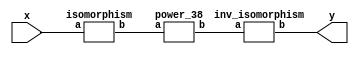
`timescale 1ns/100ps
module SMSS32_38_nn_4_4(x,y);
	 input [5:0] x;
	 output [5:0] y;
	 wire [5:0] w;
	 wire [5:0] p;
	 isomorphism C2 (x,w);
	 power_38 C3 (w,p);
	 inv_isomorphism C4 (p,y);
endmodule

module add_base(a,b,c);
	 input [2:0] a;
	 input [2:0] b;
	 output [2:0] c;
	 assign c[0]=a[0]^b[0];
	 assign c[1]=a[1]^b[1];
	 assign c[2]=a[2]^b[2];
endmodule

module multiplication_base(a,b,c);
	 input [2:0] a;
	 input [2:0] b;
	 output [2:0] c;
	 assign c[0]=(a[2]&b[2])^(a[0]&b[1])^(a[1]&b[0])^(a[1]&b[2])^(a[2]&b[1]);
	 assign c[1]=(a[0]&b[0])^(a[0]&b[2])^(a[2]&b[0])^(a[1]&b[2])^(a[2]&b[1]);
	 assign c[2]=(a[1]&b[1])^(a[0]&b[1])^(a[1]&b[0])^(a[0]&b[2])^(a[2]&b[0]);
endmodule

module square_base(a,b);
	 input [2:0] a;
	 output[2:0] b;
	 assign b[0]=a[2];
	 assign b[1]=a[0];
	 assign b[2]=a[1];
endmodule

module four_base(a,b);
	 input [2:0] a;
	 output[2:0] b;
	 assign b[0]=a[1];
	 assign b[1]=a[2];
	 assign b[2]=a[0];
endmodule

module power_38(a,b);
	 input [5:0] a;
	 output [5:0] b;
	 wire [2:0] x_0;
	 wire [2:0] x_1;
	 wire [2:0] x_2;
	 wire [2:0] x_3;
	 wire [2:0] x_4;
	 wire [2:0] x_5;
	 wire [2:0] x_6;
	 wire [2:0] x_7;
	 wire [2:0] y_0;
	 wire [2:0] y_1;
	 assign x_0[0]=a[0];
	 assign x_0[1]=a[1];
	 assign x_0[2]=a[2];
	 assign x_1[0]=a[3];
	 assign x_1[1]=a[4];
	 assign x_1[2]=a[5];
	 square_base  A1 (x_0,x_2);
	 square_base  A2 (x_1,x_3);
	 multiplication_base A3 (x_0,x_1,x_4);
	 four_base  A4 (x_4,x_5);
	 add_base A5 (x_0,x_1,x_6);
	 add_base A6 (x_5,x_6,x_7);
	 multiplication_base A7 (x_2,x_7,y_0);
	 multiplication_base A8 (x_3,x_7,y_1);
	 assign b[0]=y_1[0];
	 assign b[1]=y_1[1];
	 assign b[2]=y_1[2];
	 assign b[3]=y_0[0];
	 assign b[4]=y_0[1];
	 assign b[5]=y_0[2];
endmodule

module inv_isomorphism(a,b);
	 input [5:0] a;
	 output [5:0] b;
	 assign b[0]=a[0]^a[2]^a[3];
	 assign b[1]=a[4]^a[5];
	 assign b[2]=a[1]^a[3]^a[4];
	 assign b[3]=a[0]^a[1];
	 assign b[4]=a[0]^a[2]^a[4]^a[5];
	 assign b[5]=a[0]^a[4]^a[5];
endmodule

module isomorphism(a,b);
	 input [5:0] a;
	 output [5:0] b;
	 assign b[0]=a[0]^a[2]^a[4]^a[5];
	 assign b[1]=a[0]^a[1]^a[5];
	 assign b[2]=a[0]^a[2]^a[5];
	 assign b[3]=a[0]^a[1]^a[2];
	 assign b[4]=a[0]^a[2]^a[3];
	 assign b[5]=a[0]^a[4]^a[5];
endmodule